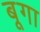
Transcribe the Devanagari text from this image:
बूगा